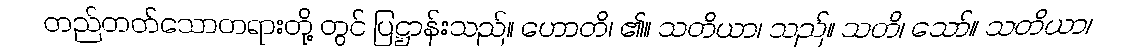
တည်တတ်သောတရားတို့ တွင် ပြဋ္ဌာန်းသည်။ ဟောတိ၊ ၏။ သတိယာ၊ သည်။ သတိ၊ သော်။ သတိယာ၊